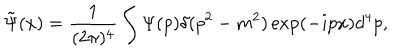
\tilde { \Psi } ( x ) = \frac { 1 } { ( 2 \pi ) ^ { 4 } } \int \Psi ( p ) \delta ( p ^ { 2 } - m ^ { 2 } ) \exp ( - i p x ) d ^ { 4 } p ,